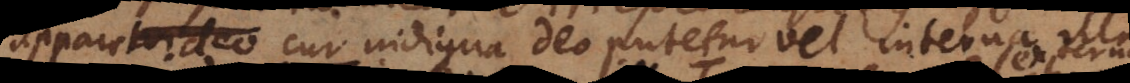
apparet cur indigna Deo putetur vel interna